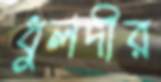
ধুলদীর